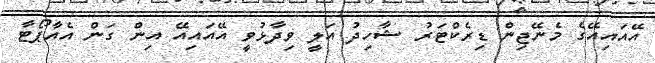
އޭއައިއޭގެ މެނޭޖިން ޑިރެކްޓަރު ޝާހިދު އަލީ ވިދާޅުވީ އޭއައިއޭ އިން ގަން އެއާޕޯޓާ